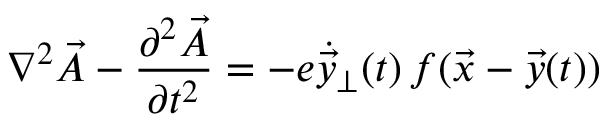
\nabla ^ { 2 } \vec { A } - { \frac { \partial ^ { 2 } \vec { A } } { \partial t ^ { 2 } } } = - e \dot { \vec { y } } _ { \perp } ( t ) \, f ( \vec { x } - \vec { y } ( t ) )